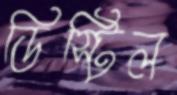
ডিস্টিল